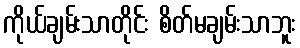
ကိုယ်ချမ်းသာတိုင်း စိတ်မချမ်းသာဘူး